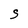
Character: S